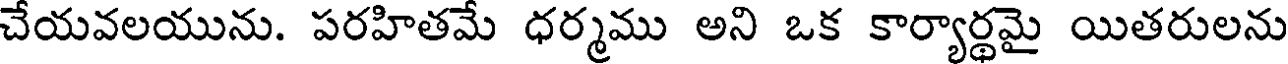
చేయవలయును. పరహితమే ధర్మము అని ఒక కార్యార్థమై యితరులను